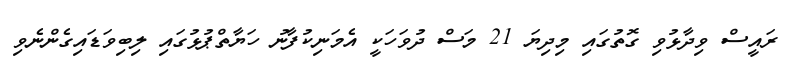
ރައީސް ވިދާޅުވި ގޮތުގައި މިދިޔަ 21 މަސް ދުވަހަކީ އެމަނިކުފާނު ހަޔާތްޕުޅުގައި ލިބިވަޑައިގެންނެވި